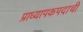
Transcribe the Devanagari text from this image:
प्राध्यापकपदाची